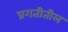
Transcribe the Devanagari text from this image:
प्रगतीतील